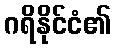
ဂရိနိုင်ငံ၏